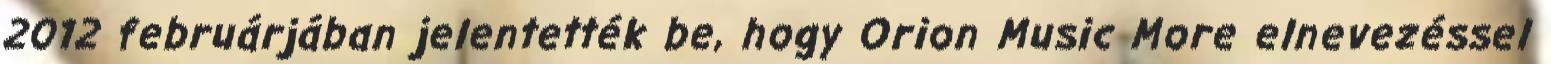
2012 februárjában jelentették be, hogy Orion Music More elnevezéssel